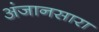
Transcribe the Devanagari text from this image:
अंजानसारा